Indian journal of veterinary science and animal husbandry - Volume 5,
Year: 1935
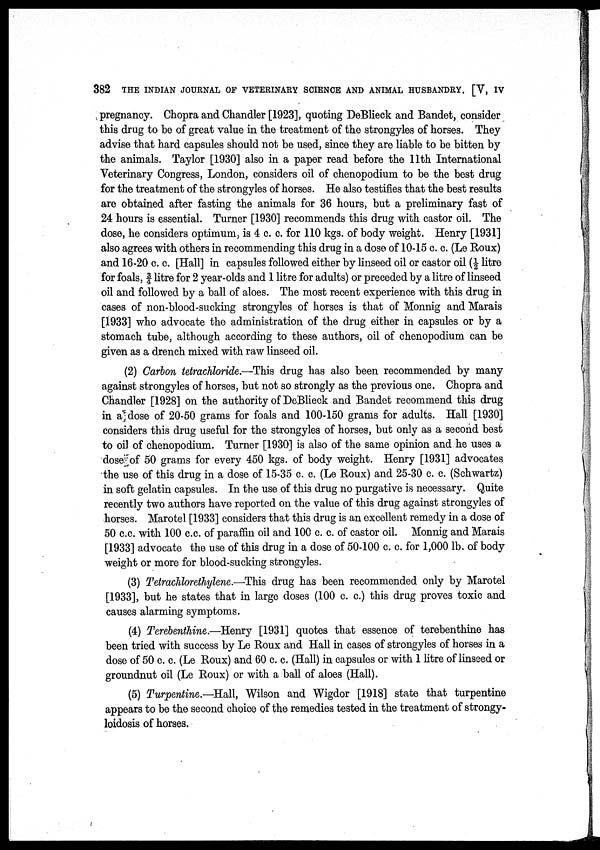
382 THE INDIAN JOURNAL OF VETERINARY SCIENCE AND ANIMAL HUSBANDRY. [V, IV
pregnancy. Chopra and Chandler [1923], quoting DeBlieck and Bandet, consider
this drug to be of great value in the treatment of the strongyles of horses. They
advise that hard capsules should not be used, since they are liable to be bitten by
the animals. Taylor [1930] also in a paper read before the 11th International
Veterinary Congress, London, considers oil of chenopodium to be the best drug
for the treatment of the strongyles of horses. He also testifies that the best results
are obtained after fasting the animals for 36 hours, but a preliminary fast of
24 hours is essential. Turner [1930] recommends this drug with castor oil. The
dose, he considers optimum, is 4 c. c. for 110 kgs. of body weight. Henry [1931]
also agrees with others in recommending this drug in a dose of 10-15 c. c. (Le Roux)
and 16-20 c. c. [Hall] in capsules followed either by linseed oil or castor oil (½ litre
for foals, ¾ litre for 2 year-olds and 1 litre for adults) or preceded by a litre of linseed
oil and followed by a ball of aloes. The most recent experience with this drug in
cases of non-blood-sucking strongyles of horses is that of Monnig and Marais
[1933] who advocate the administration of the drug either in capsules or by a
stomach tube, although according to these authors, oil of chenopodium can be
given as a drench mixed with raw linseed oil.
(2) Carbon tetrachloride.—This drug has also been recommended by many
against strongyles of horses, but not so strongly as the previous one. Chopra and
Chandler [1928] on the authority of DeBlieck and Bandet recommend this drug
in a dose of 20-50 grams for foals and 100-150 grams for adults. Hall [1930]
considers this drug useful for the strongyles of horses, but only as a second best
to oil of chenopodium. Turner [1930] is also of the same opinion and he uses a
dose of 50 grams for every 450 kgs. of body weight. Henry [1931] advocates
the use of this drug in a dose of 15-35 c. c. (Le Roux) and 25-30 c. c. (Schwartz)
in soft gelatin capsules. In the use of this drug no purgative is necessary. Quite
recently two authors have reported on the value of this drug against strongyles of
horses. Marotel [1933] considers that this drug is an excellent remedy in a dose of
50 c.c. with 100 c.c. of paraffin oil and 100 c. c. of castor oil. Monnig and Marais
[1933] advocate the use of this drug in a dose of 50-100 c. c. for 1,000 lb. of body
weight or more for blood-sucking strongyles.
(3) Tetrachlorethylene.—This drug has been recommended only by Marotel
[1933], but he states that in large doses (100 c. c.) this drug proves toxic and
causes alarming symptoms.
(4) Terebenthine.—Henry [1931] quotes that essence of terebenthine has
been tried with success by Le Roux and Hall in cases of strongyles of horses in a
dose of 50 c. c. (Le Roux) and 60 c. c. (Hall) in capsules or with 1 litre of linseed or
groundnut oil (Le Roux) or with a ball of aloes (Hall).
(5) Turpentine.—Hall, Wilson and Wigdor [1918] state that turpentine
appears to be the second choice of the remedies tested in the treatment of strongy¬
loidosis of horses.